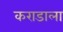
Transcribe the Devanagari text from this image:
कराडाला